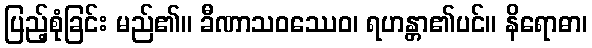
ပြည့်စုံခြင်း မည်၏။ ခီဏာသဝဿေဝ၊ ရဟန္တာ၏ပင်။ နိရောဓာ၊